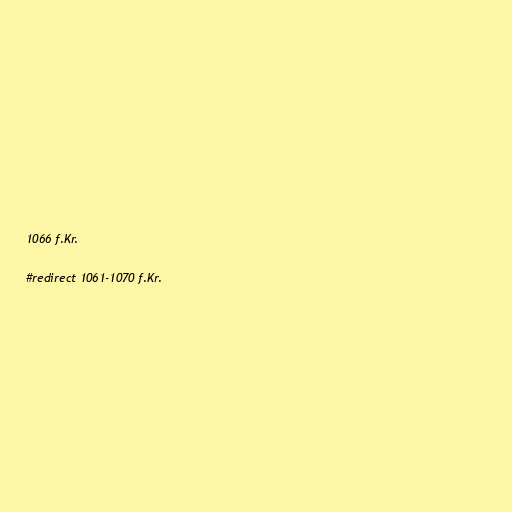
1066 f.Kr.

#redirect 1061-1070 f.Kr.